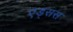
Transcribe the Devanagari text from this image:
एड्सस